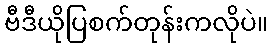
ဗီဒီယိုပြစက်တုန်းကလိုပဲ။